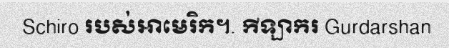
Schiro របស់អាមេរិក។. កីឡាករ Gurdarshan